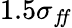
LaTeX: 1.5\sigma_{f\! f}